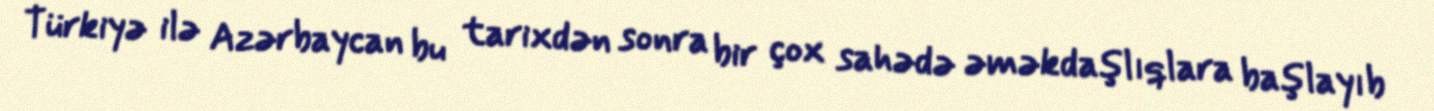
Türkiyə ilə Azərbaycan bu tarixdən sonra bir çox sahədə əməkdaşlıqlara başlayıb